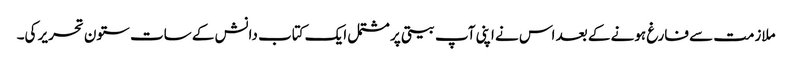
ملازمت سے فارغ ہونے کے بعد اس نے اپنی آپ بیتی پر مشتمل ایک کتاب دانش کے سات ستون تحریر کی۔